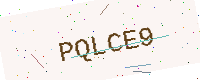
Text: PQLCE9